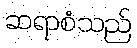
ဆရာစံသည်